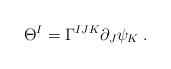
LaTeX: \begin{align*}\Theta^I = \Gamma^{IJK} \partial_J \psi_K \; .\end{align*}